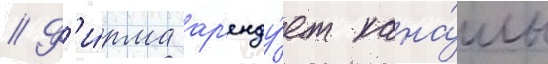
// Ф'и́рма ар'енду́ет кана́лы